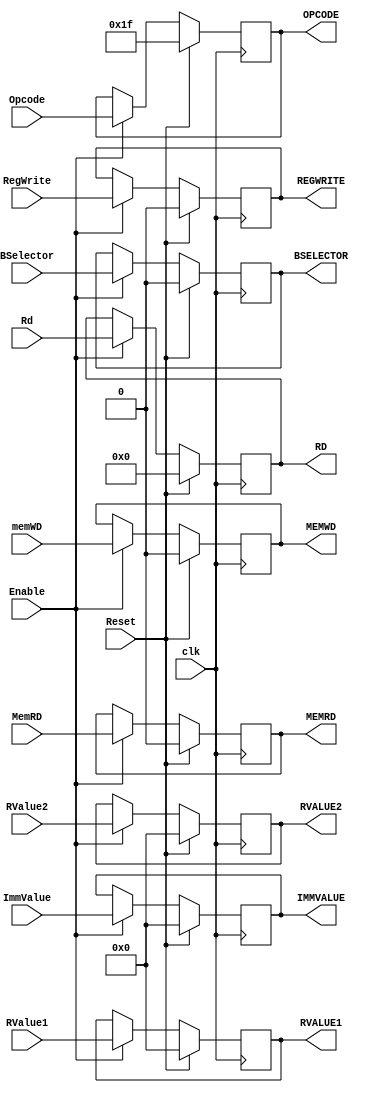
module ID_Ex(clk,Reset,Enable, Opcode,BSelector,Rd,RValue1,RValue2,ImmValue,MemRD,memWD,RegWrite,OPCODE,BSELECTOR,RD,RVALUE1,RVALUE2,IMMVALUE,MEMWD,MEMRD,REGWRITE);
	input wire clk, Reset, Enable;
	input [4:0] Opcode;
	input [0:0] BSelector;
	input [4:0] Rd;
	input [31:0] RValue1,RValue2;
	input [31:0] ImmValue;
	input [0:0] MemRD,memWD,RegWrite;
	output reg[4:0] OPCODE; 
	output reg[0:0] REGWRITE,MEMWD,MEMRD;
	output reg[0:0] BSELECTOR;
	output reg[4:0] RD;
	output reg[31:0] RVALUE1,RVALUE2,IMMVALUE;
	

	initial begin
			OPCODE=5'b11111;
			BSELECTOR=1'd0;
			RD=5'd0;
			RVALUE1=32'd0;
			RVALUE2=32'd0;
			IMMVALUE=32'd0;
			MEMWD=1'd0;
			MEMRD=1'd0;
			REGWRITE=1'd0;
	end

	always @ (negedge clk) begin
		if(Reset)begin
			OPCODE=5'b11111;
			BSELECTOR=1'd0;
			RD=5'd0;
			RVALUE1=32'd0;
			RVALUE2=32'd0;
			IMMVALUE=32'd0;
			MEMWD=1'd0;
			MEMRD=1'd0;
			REGWRITE=1'd0;
		end 
		else if (Enable)begin
			OPCODE=Opcode;
			BSELECTOR=BSelector;
			RVALUE1=RValue1;
			RVALUE2=RValue2;
			IMMVALUE=ImmValue;
			MEMWD=memWD;
			MEMRD=MemRD;
			REGWRITE=RegWrite;
			RD=Rd;
		end 
	end	


endmodule